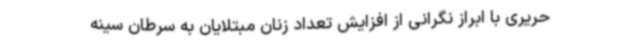
حریری با ابراز نگرانی از افزایش تعداد زنان مبتلایان به سرطان سینه